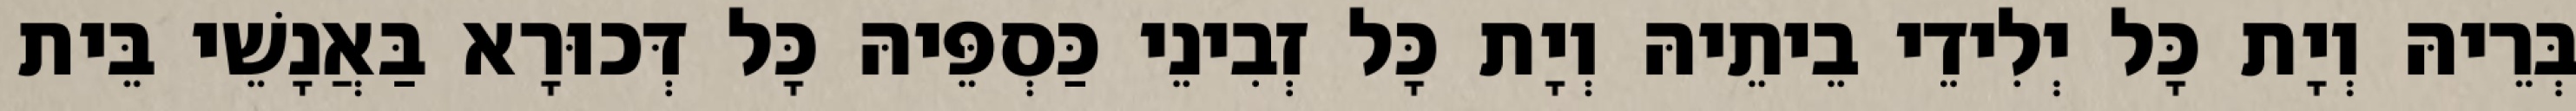
בְּרֵיהּ וְיָת כָּל יְלִידֵי בֵיתֵיהּ וְיָת כָּל זְבִינֵי כַּסְפֵּיהּ כָּל דְּכוּרָא בַּאֲנָשֵׁי בֵּית